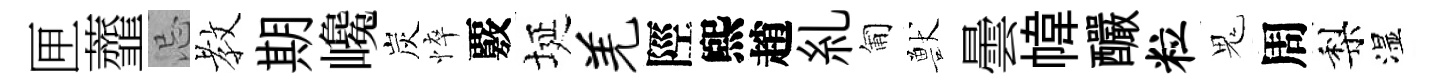
匣虀忌教期巉炭悴覈埏羌陘煕趙糺匍獸曇幃釅粒鬼周梨湿